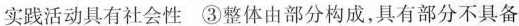
实践活动具有社会性 ③整体由部分构成，具有部分不具备